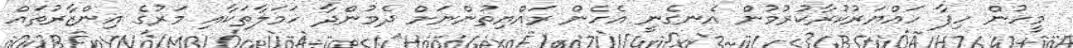
މީހުން ހިފާ ހައްޔަރުކުރާކުރުމުން އެނގެނީ އެހެން ރައްޔިތުންނަށް ދެމުންދާ ހަމަލާތަކާއި މަރުގެ އިންޒާރުތައް